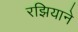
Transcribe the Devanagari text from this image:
रझियाने